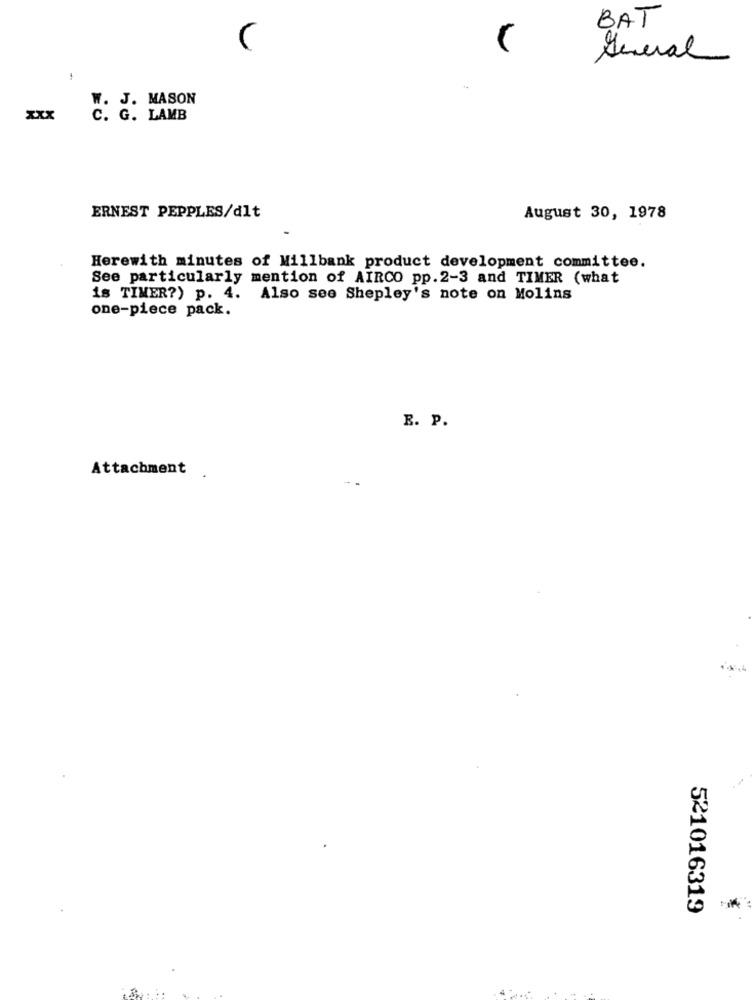
BAT
C
Several
W. J. MASON
XXX
C. G. LAMB
ERNEST PEPPLES/dlt
August 30, 1978
Herewith minutes of Millbank product development committee.
See particularly mention of AIRCO pp.2-3 and TIMER (what
is TIMER?) p. 4. Also see Shepley's note on Molins
one-piece pack.
R. P.
Attachment
4m
521016319